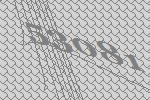
53081